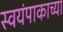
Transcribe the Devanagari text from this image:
स्वयंपाकाच्या